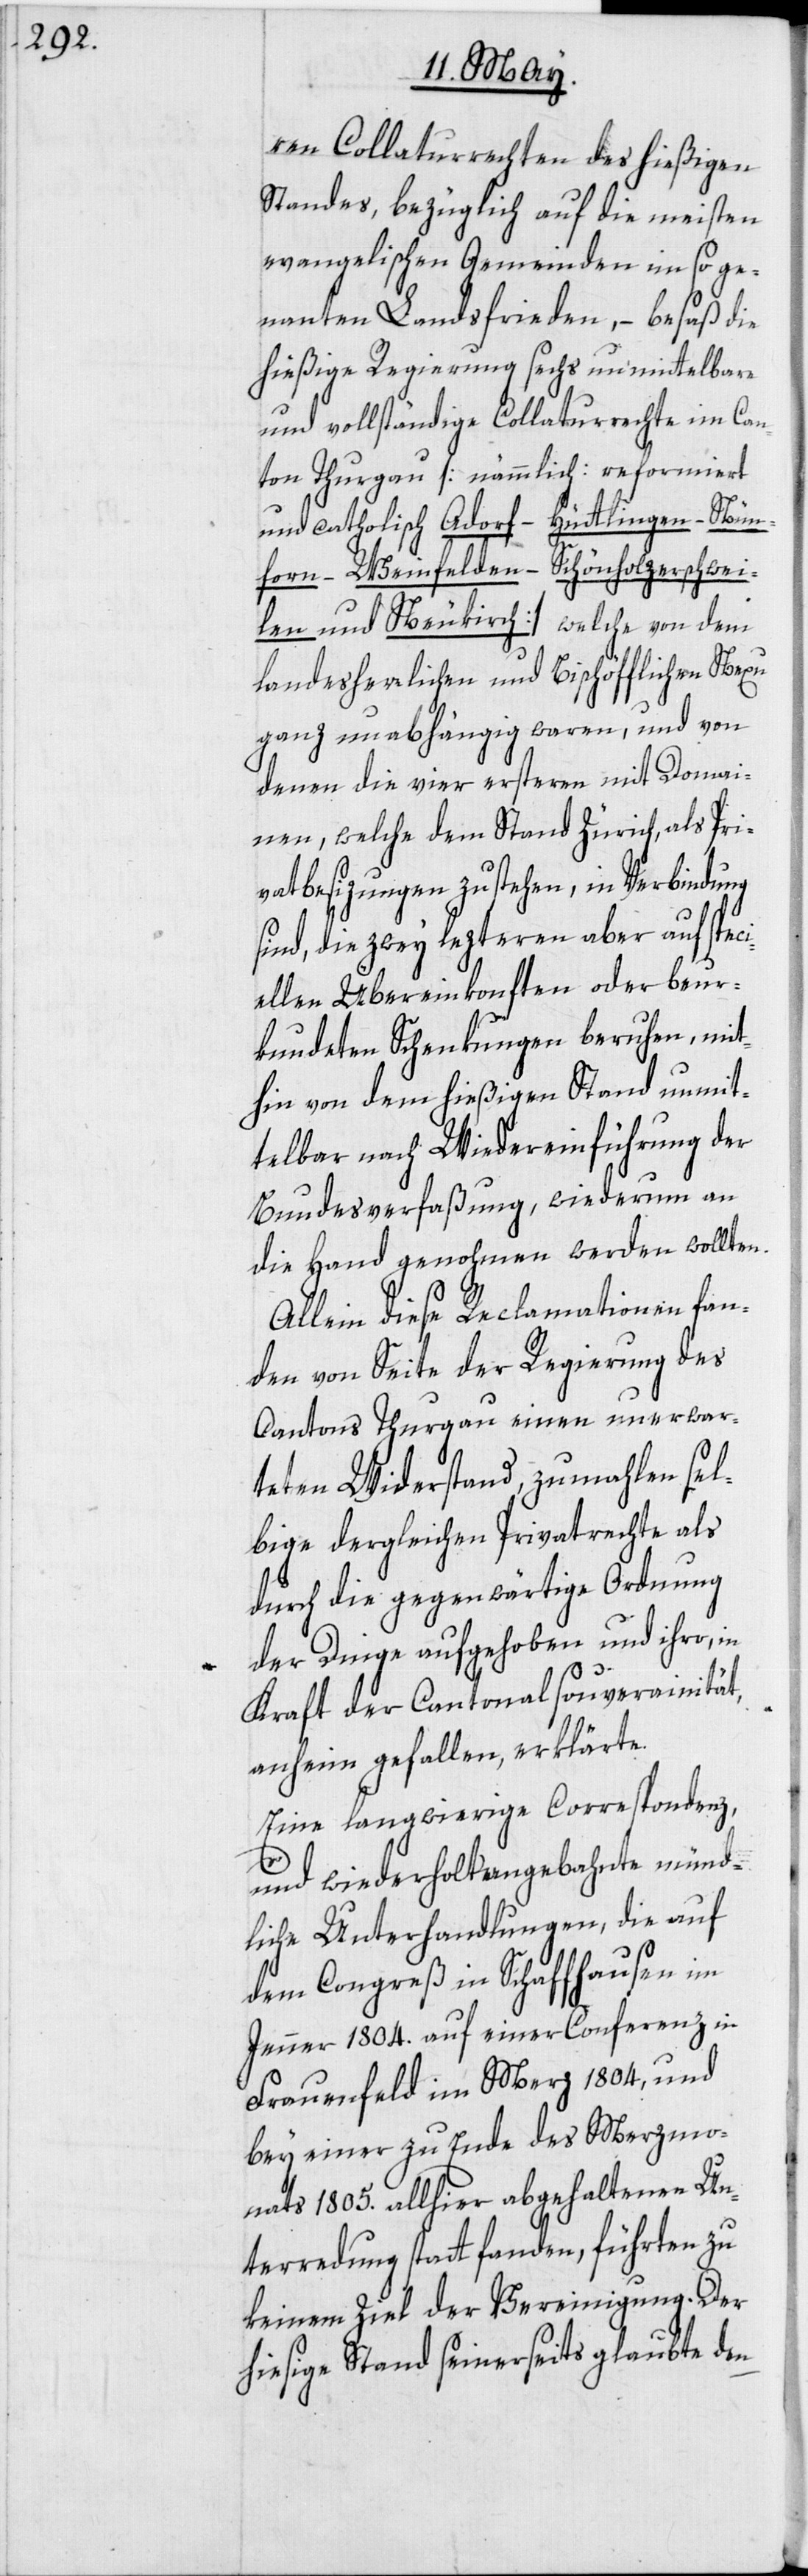
ren Collaturrechten des hießigen
Standes, bezüglich auf die meisten
evangelischen Gemeinden im so ge¬
nan[n]ten Landsfrieden, – besaß die
hießige Regierung sechs unmittelbare
und vollständige Collaturrechte im Can¬
ton Thurgau [nämmlich: reformiert
und catholisch Aadorf – Hüttlingen – Nün¬
forn – Weinfelden – Schönholzerschwei¬
len und Neukirch] welche von dem
landesherrlichen und Bischöfflichen Nexu
ganz unabhängig waren, und von
denen die vier ersteren mit Domai¬
nen, welche dem Stand Zürich, als Pri¬
vatbesizungen zustehen, in Verbindung
sind, die zwey lezteren aber auf speci¬
ellen Übereinkonften oder beur¬
kundeten Schenkungen beruhen, mit¬
hin von dem hießigen Stand unmit¬
telbar nach Wiedereinführung der
Bundesverfaßung, wiederum an
die Hand genohmen werden wollten.
Allein diese Reclamationen fan¬
den von Seite der Regierung des
Cantons Thurgau einen unerwar¬
teten Widerstand, zumahlen sel¬
bige dergleichen Privatrechte als
durch die gegenwärtige Ordnung
der Dinge aufgehoben und ihro, in
Kraft der Cantonalsouverainität,
anheim gefallen, erklärte.
Eine langwierige Correspondenz,
und wiederholt angebahnte münd¬
liche Unterhandlungen, die auf
dem Congreß in Schaffhausen im
Jenner 1804.[,] auf einer Conferenz in
Frauenfeld im Merz 1804, und
bey einer zu Ende des Merzmo¬
nats 1805. allhier abgehaltenen Un¬
terredung statt fanden, führten zu
keinem Ziel der Vereinigung. Der
hiesige Stand seinerseits glaubte den